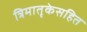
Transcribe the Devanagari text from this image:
त्रिमातृकेसहित